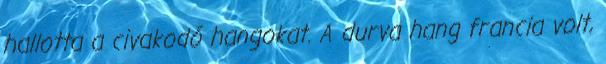
hallotta a civakodó hangokat. A durva hang francia volt,